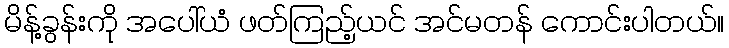
မိန့်ခွန်းကို အပေါ်ယံ ဖတ်ကြည့်ယင် အင်မတန် ကောင်းပါတယ်။